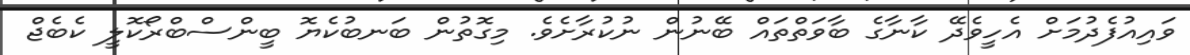
ވައިއުފެދުމަށް އެހީވެދޭ ކާނާގެ ބާވަތްތައް ބޭނުން ނުކުރާށެވެ. މިގޮތުން ބަނބުކެޔޮ ބީންސްބްރޯކޮލީ ކެބެޖް